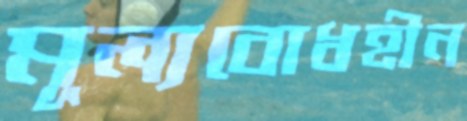
মূল্যবোধহীন